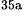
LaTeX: ^\textrm{\scriptsize 35a}